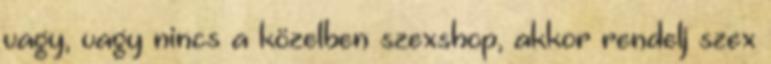
vagy, vagy nincs a közelben szexshop, akkor rendelj szex